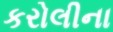
કરોલીના